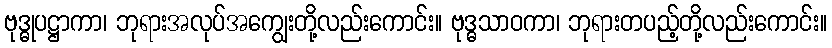
ဗုဒ္ဓုပဋ္ဌာကာ၊ ဘုရားအလုပ်အကျွေးတို့လည်းကောင်း။ ဗုဒ္ဓသာဝကာ၊ ဘုရားတပည့်တို့လည်းကောင်း။